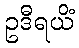
ဥဒီရယိံ